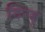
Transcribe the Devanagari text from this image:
दित्जू